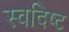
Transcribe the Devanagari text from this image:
स्वदिष्ट